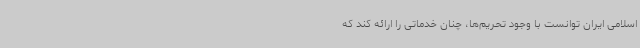
اسلامی ایران توانست با وجود تحریم‌ها، چنان خدماتی را ارائه کند که